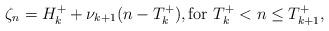
LaTeX: \begin{align*}\zeta_n=H_k^++\nu_{k+1}(n-T_k^+), \textrm{for }T_k^+<n\leq T_{k+1}^+,\end{align*}